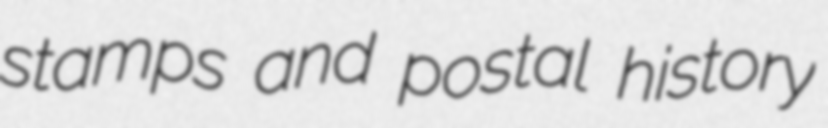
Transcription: stamps and postal history